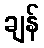
ချန်